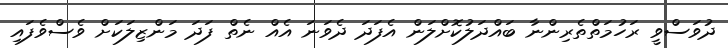
ދުވަސްވީ ރަހުމަތްތެރިންނާ ބައްދަލުކޮށްލަން އެފަދަ ދެވަނަ އެއް ނެތް ފަދަ މަންޒިލަކަށް ވެސްވެފައި